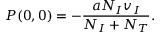
P ( 0 , 0 ) = - \frac { a N _ { I } v _ { I } } { N _ { I } + N _ { T } } .